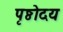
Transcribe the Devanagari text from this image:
पृष्ठोदय